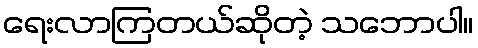
ရေးလာကြတယ်ဆိုတဲ့ သဘောပါ။